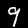
Label: 9